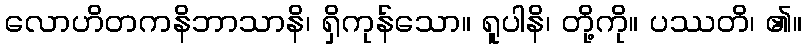
လောဟိတကနိဘာသာနိ၊ ရှိကုန်သော။ ရူပါနိ၊ တို့ကို။ ပဿတိ၊ ၏။